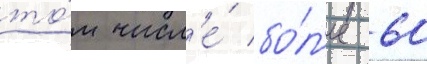
то́м числ'е́ бо́л'ее 60